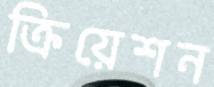
ক্রিয়েশন